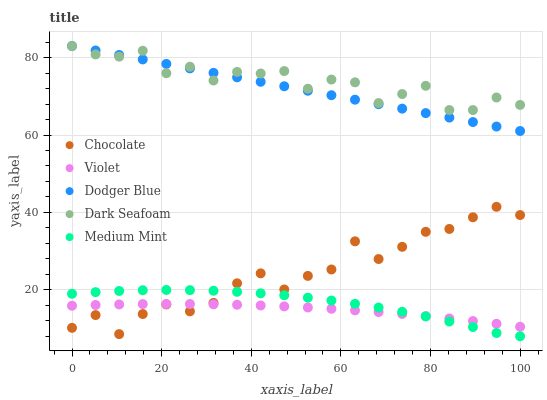
| xaxis_label | Chocolate | Violet | Dodger Blue | Dark Seafoam | Medium Mint |
 | --- | --- | --- | --- | --- | --- |
 | 0 | 10.2 | 15.9 | 83 | 83 | 19 |
 | 5.26 | 13.5 | 16.1 | 81.8 | 80.8 | 19.4 |
 | 10.5 | 8.55 | 16.2 | 80.7 | 80.2 | 19.7 |
 | 15.8 | 13.7 | 16.3 | 79.5 | 81.8 | 19.9 |
 | 21.1 | 16.2 | 16.4 | 78.4 | 76 | 20 |
 | 26.3 | 14.4 | 16.3 | 77.2 | 77.6 | 19.9 |
 | 31.6 | 16.6 | 16.3 | 76.1 | 74.1 | 19.8 |
 | 36.8 | 21.7 | 16.1 | 74.9 | 76.3 | 19.5 |
 | 42.1 | 24.3 | 16 | 73.8 | 75.9 | 19.1 |
 | 47.4 | 20.1 | 15.7 | 72.6 | 76.5 | 18.6 |
 | 52.6 | 23.6 | 15.4 | 71.4 | 72 | 18 |
 | 57.9 | 25.3 | 15.1 | 70.3 | 74.3 | 17.2 |
 | 63.2 | 32.5 | 14.7 | 69.1 | 73.6 | 16.4 |
 | 68.4 | 28 | 14.3 | 68 | 68.3 | 15.4 |
 | 73.7 | 31.1 | 13.8 | 66.8 | 70.6 | 14.3 |
 | 78.9 | 35 | 13.2 | 65.7 | 72.7 | 13.1 |
 | 84.2 | 35.7 | 12.6 | 64.5 | 66.5 | 11.8 |
 | 89.5 | 38.7 | 11.9 | 63.4 | 66.4 | 10.4 |
 | 94.7 | 41.4 | 11.2 | 62.2 | 69.7 | 8.84 |
 | 100 | 39.3 | 10.5 | 61 | 67.8 | 8 |